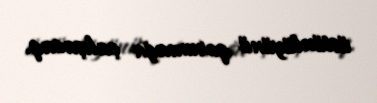
üstünlüyünü qorumağa çalışacaq.